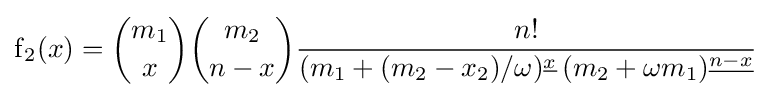
\operatorname {f} _{2}(x)={\binom {m_{1}}{x}}{\binom {m_{2}}{n-x}}{\frac {n!}{(m_{1}+(m_{2}-x_{2})/\omega )^{\underline {x}}\,(m_{2}+\omega m_{1})^{\underline {n-x}}}}